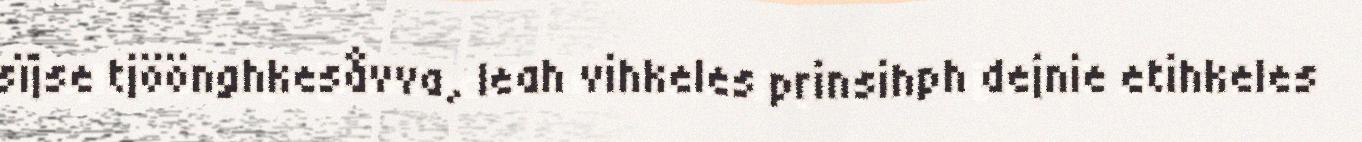
sïjse tjöönghkesåvva, leah vihkeles prinsihph dejnie etihkeles